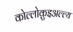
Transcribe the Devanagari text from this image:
कोल्लोक़ुइअल्ल्य